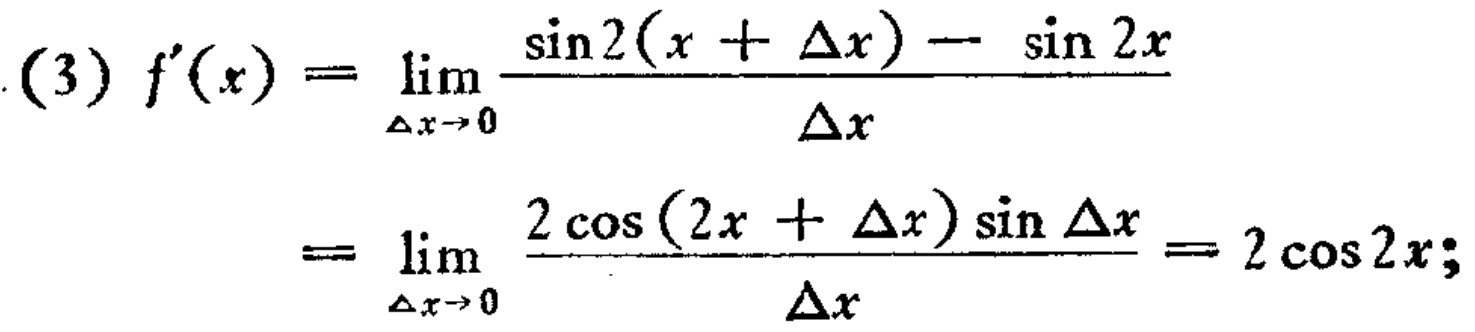
\[
\begin{align*}
(3)f^{\prime}(x)&=\lim_{\Delta x\rightarrow0}\frac{\sin2(x + \Delta x)-\sin2x}{\Delta x}\\
&=\lim_{\Delta x\rightarrow0}\frac{2\cos(2x+\Delta x)\sin\Delta x}{\Delta x}=2\cos2x;
\end{align*}
\]